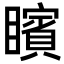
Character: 矉